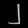
Digit: ၂